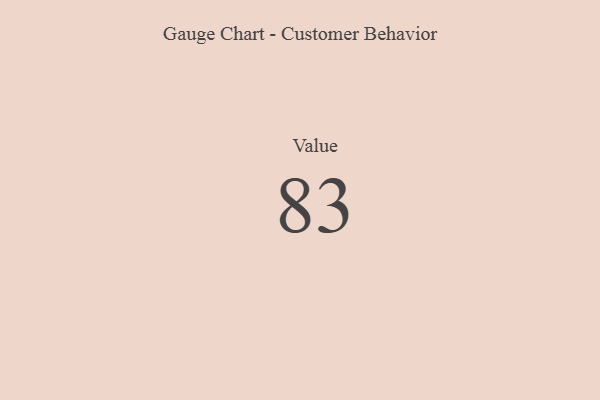
{"axis": {"x": "Metric", "y": "Value"}, "legend": [""], "data": [{"x": "Value", "y": 83, "type": ""}]}